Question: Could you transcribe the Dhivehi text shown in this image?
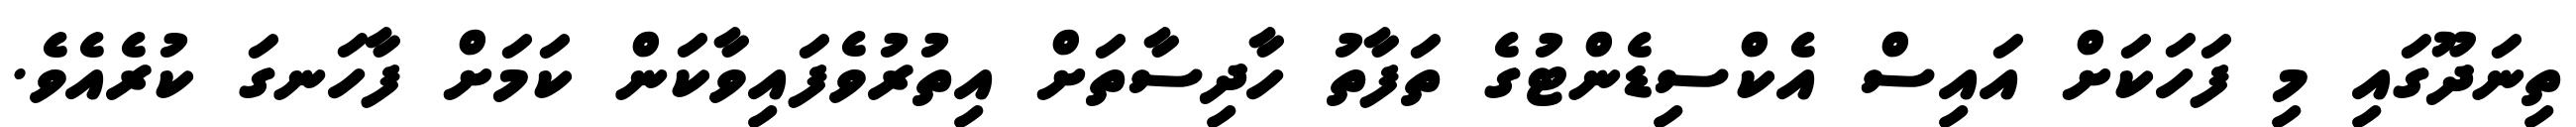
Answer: ތިނަދޫގައި މި ފަހަކަށް އައިސް އެކްސިޑެންޓުގެ ތަފާތު ހާދިސާތަށް އިތުރުވެފައިވާކަން ކަމަށް ފާހަނގަ ކުރެއެވެ.